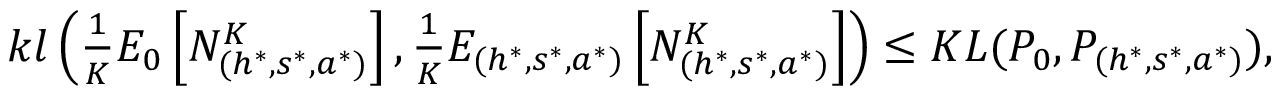
\begin{array} { r } { k l \left( \frac { 1 } { K } E _ { 0 } \left[ N _ { ( h ^ { * } , s ^ { * } , a ^ { * } ) } ^ { K } \right] , \frac { 1 } { K } E _ { ( h ^ { * } , s ^ { * } , a ^ { * } ) } \left[ N _ { ( h ^ { * } , s ^ { * } , a ^ { * } ) } ^ { K } \right] \right) \leq K L ( P _ { 0 } , P _ { ( h ^ { * } , s ^ { * } , a ^ { * } ) } ) , } \end{array}